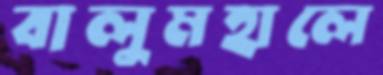
বালুমহালে